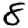
Digit: 8